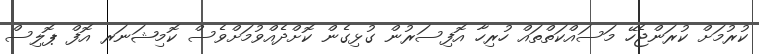
ކުރުމަށް ކުރަންޖެހޭ މަސައްކަތްތައް ހުރިހާ އޮފިސަރުން ގުޅިގެން ކޮށްދެއްވުމަށްވެސް ކޮމިޝަނަރ އޮފް ޕޮލިސް